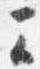
云